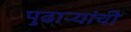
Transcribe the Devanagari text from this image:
पुढाऱ्यांची